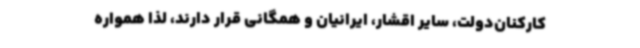
کارکنان‌دولت، سایر اقشار، ایرانیان و همگانی قرار دارند، لذا همواره